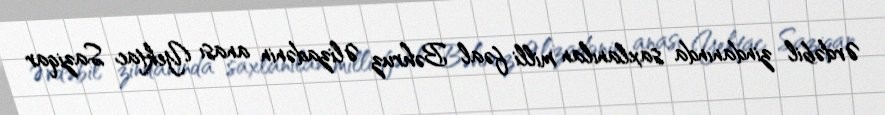
Ərdəbil zindanında saxlanılan milli fəal Bəhruz Əlizadənin anası Yektac Saziqar